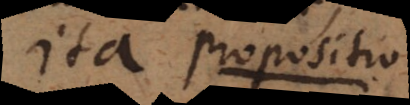
fixa. Propositio